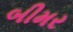
બીમર